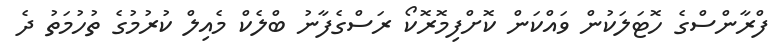
ފްރާންސްގެ ހޮޓަލަކުން ވައްކަން ކޮށްފިމޮރޮކޯ ރަސްގެފާނު ބްލެކް މެއިލް ކުރުމުގެ ތުހުމަތު ދެ